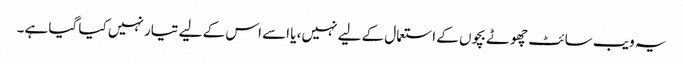
یہ ویب سائٹ چھوٹے بچوں کے استعمال کے لیے نہیں، یا اسے اس کے لیے تیار نہیں کیا گیا ہے۔